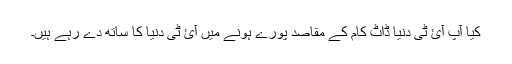
کیا آپ آئ ٹی دنیا ڈاٹ کام کے مقاصد پورے ہونے میں آئ ٹی دنیا کا ساتھ دے رہے ہیں۔